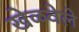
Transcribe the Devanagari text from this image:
खेळवेले